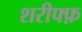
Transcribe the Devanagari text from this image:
शरीफ्फ़